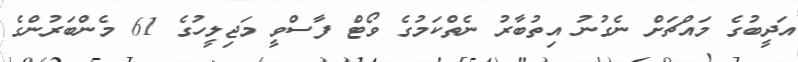
އަދީބުގެ މައްޗަށް ނެގުނު އިތުބާރު ނެތްކަމުގެ ވޯޓް ފާސްވީ މަޖިލީހުގެ 61 މެންބަރުންގެ